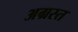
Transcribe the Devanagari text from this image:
अग्रस्त